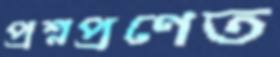
প্রশ্নপ্রণেত